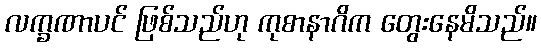
လက္ခဏာပင် ဖြစ်သည်ဟု ကုစာနာဂိက တွေးနေမိသည်။